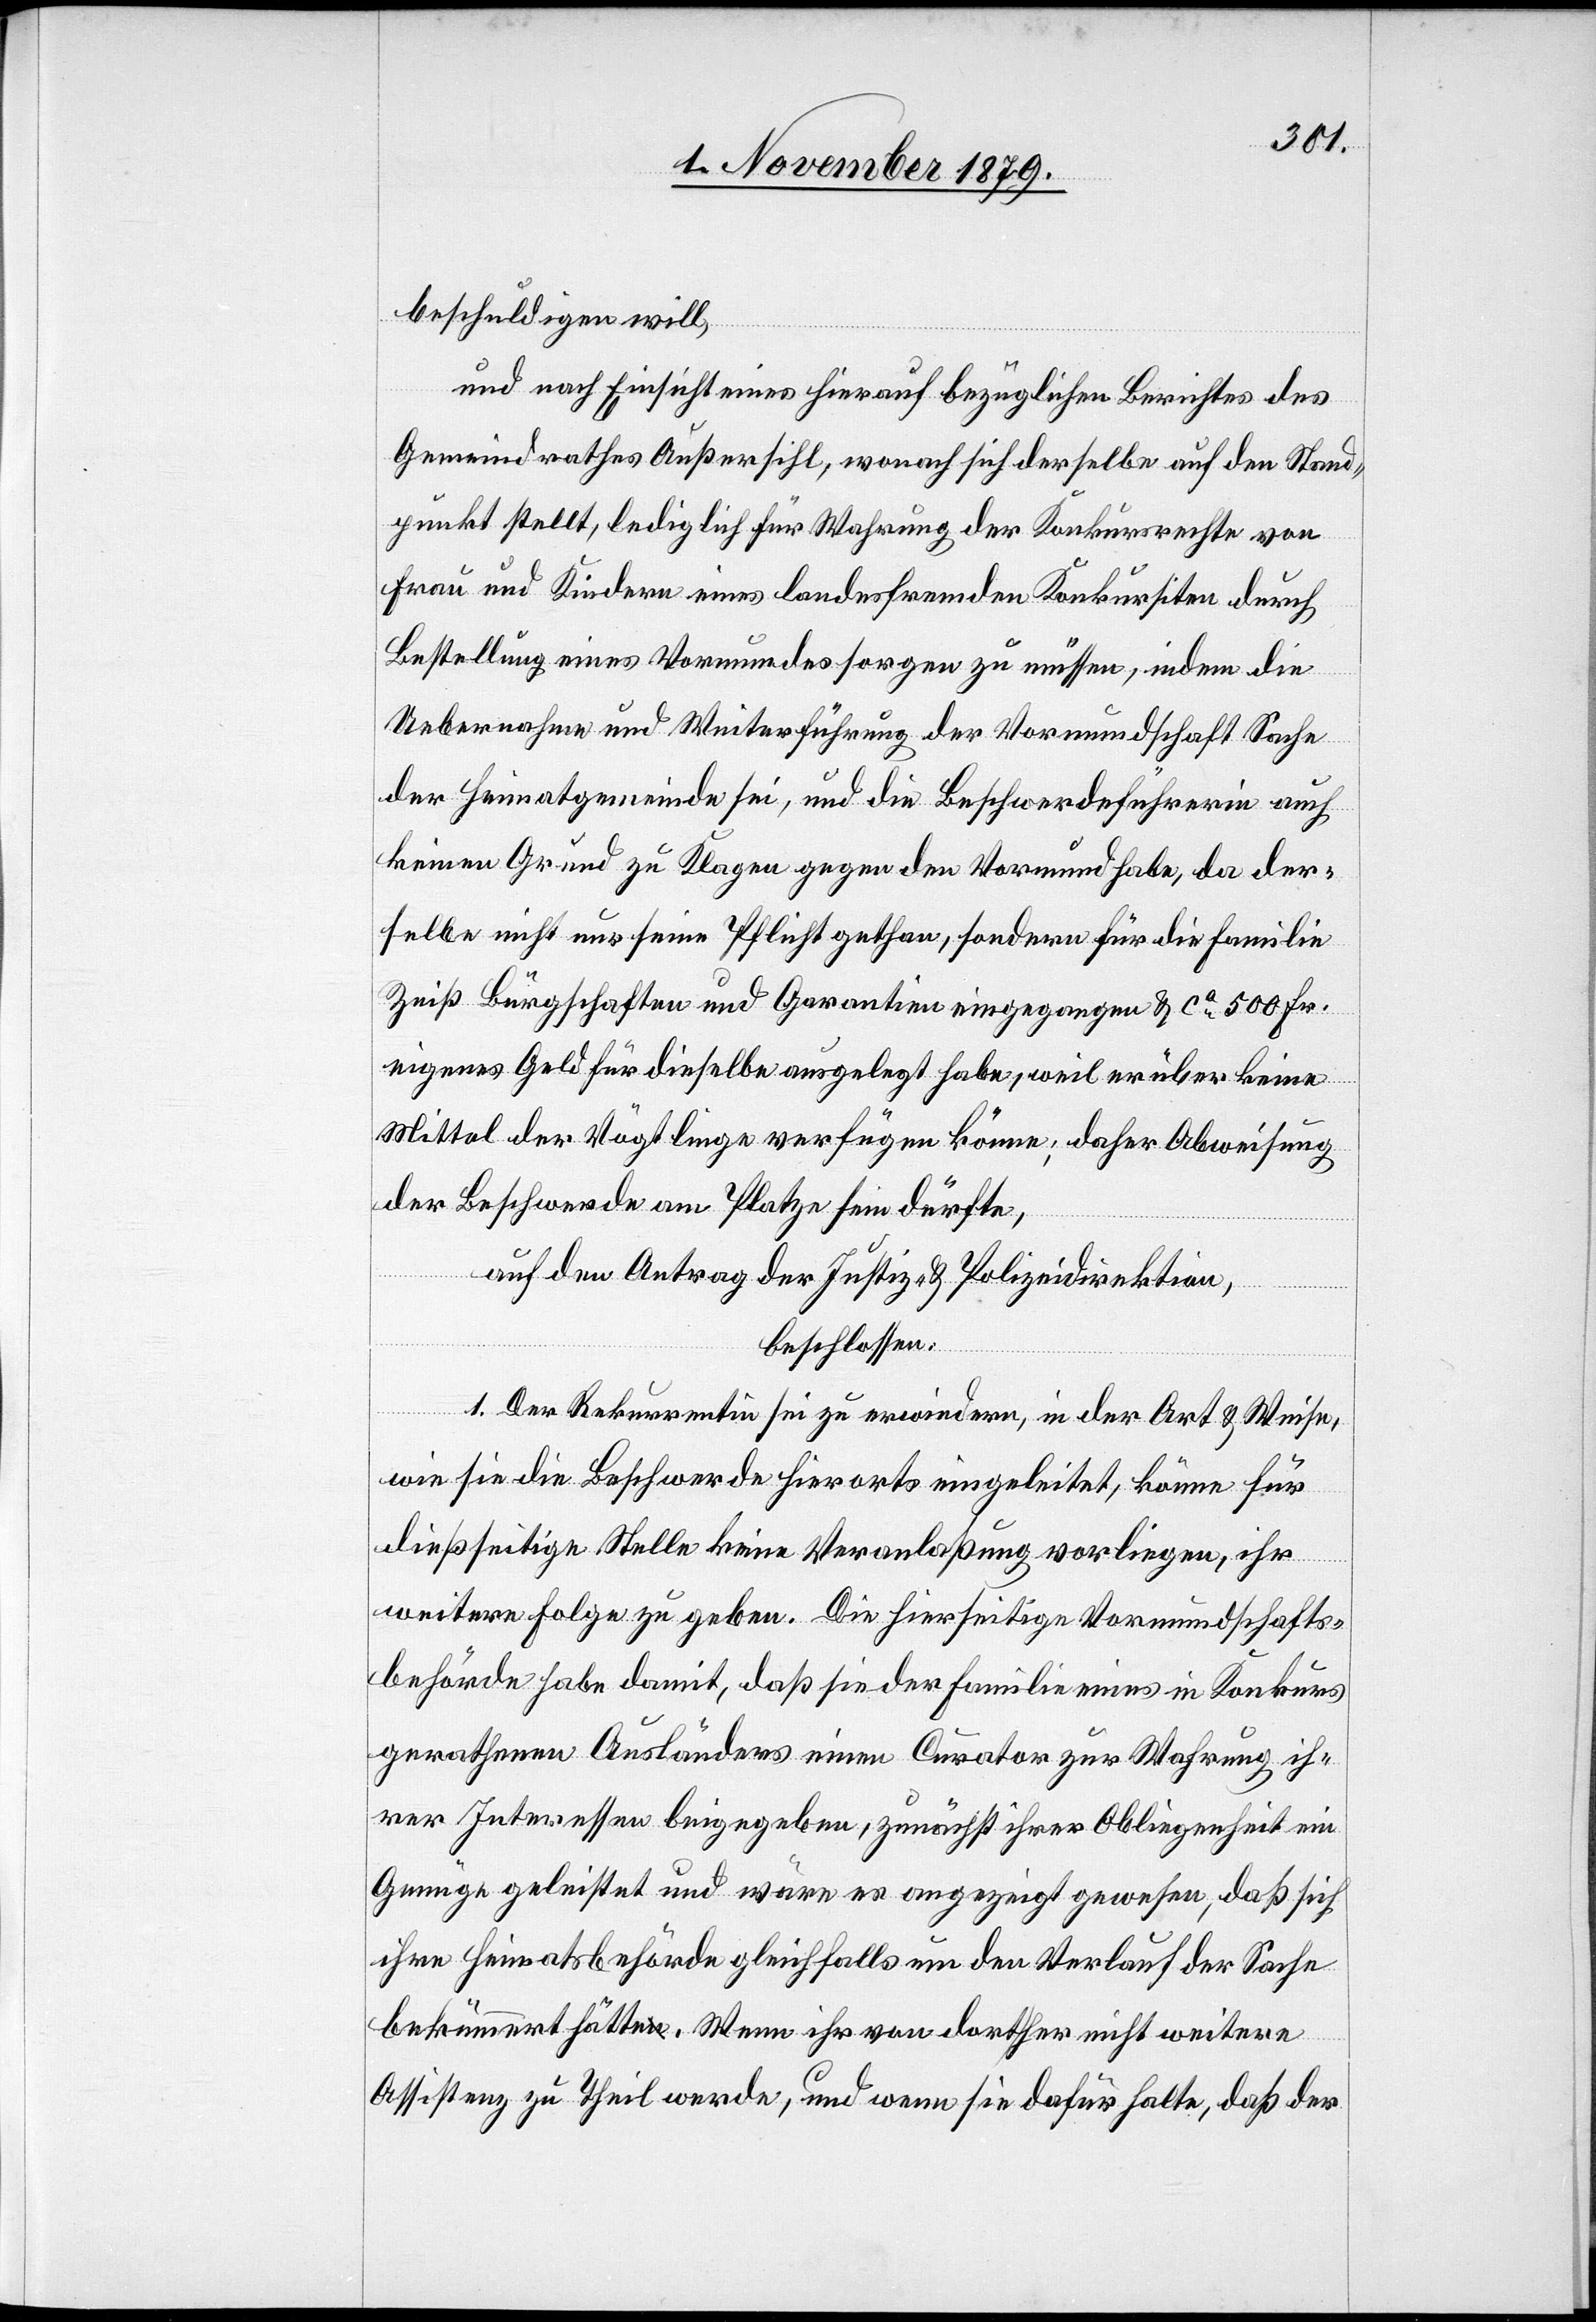
beschuldigen will,
und nach Einsicht eines hierauf bezüglichen Berichtes des
Gemeindrathes Außersihl, wonach sich derselbe auf den Stand¬
punkt stellt, lediglich für Wahrung der Konkursrechte von
Frau und Kindern eines landesfremden Konkursiten durch
Bestellung eines Vormundes sorgen zu müssen, indem die
Uebernahme und Weiterführung der Vormundschaft Sache
der Heimatgemeinde sei, und die Beschwerdeführerin auch
keinen Grund zu Klagen gegen den Vormund habe, da der¬
selbe nicht nur seine Pflicht gethan, sondern für die Familie
Zeiß Bürgschaften und Garantien eingegangen & ca 500 Fr.
eigenes Geld für dieselbe ausgelegt habe, weil er über keine
Mittel der Vögtlinge verfügen könne; daher Abweisung
der Beschwerde am Platze sein dürfte,
auf den Antrag der Justiz- & Polizeidirektion,
beschlossen:
1. Der Rekurrentin sei zu erwiedern, in der Art & Weise,
wie sie die Beschwerde hierorts eingeleitet, könne für
dießseitige Stelle keine Veranlaßung vorliegen, ihr
weitere Folge zu geben. Die hierseitige Vormundschafts¬
behörde habe damit, daß sie der Familie eines in Konkurs
gerathenen Ausländers einen Curator zur Wahrung ih¬
rer Interessen beigegeben, zunächst ihrer Obliegenheit ein
Genüge geleistet und wäre es angezeigt gewesen, daß sich
ihre Heiratsbehörde gleichfalls um den Verlauf der Sache
bekümmert hätte. Wenn ihr von dorther nicht weitere
Assistenz zu Theil werde, und wenn sie dafür halte, daß der